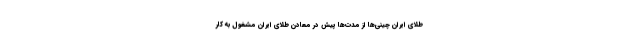
طلای ایران چینی‌ها از مدت‌ها پیش در معادن طلای ایران مشغول به کار